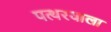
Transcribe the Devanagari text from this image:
पत्थरवाला